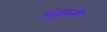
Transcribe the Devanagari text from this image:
अंदुरुनी